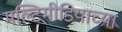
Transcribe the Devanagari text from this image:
मल्टिमीडियाच्या